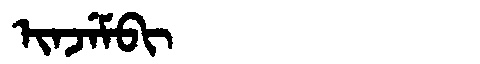
Manchu: ᡳᠨᠵᡝᠮᠪᡳ
Romanization: INJEMBI